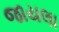
જાયલા